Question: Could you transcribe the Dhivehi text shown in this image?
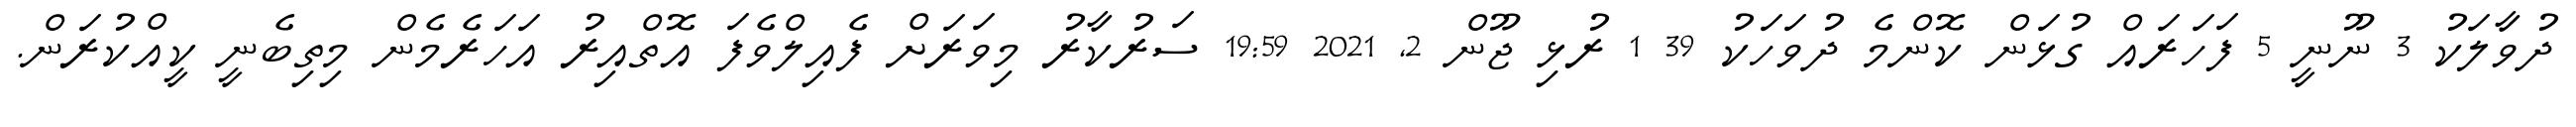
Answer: ދުވާލަކު 3 ނޫނީ 5 ފަހަރައް ގުޅަން ކޮންމެ ދުވަހަކު 39 1 ރުޅި ޖޫން 2, 2021 19:59 ސަރުކާރު މިވަރަށް ފެއިލްވެފަ އޮތްއިރު އަހަރެމެން މިތިބެނީ ކީއްކުރަން.